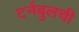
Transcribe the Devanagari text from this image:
टर्नबुलची